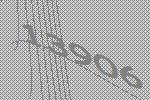
13906